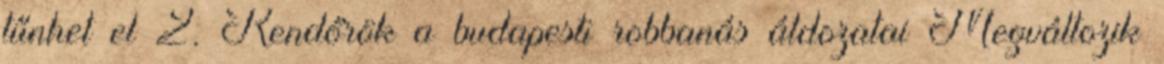
tűnhet el 2. Rendőrök a budapesti robbanás áldozatai Megváltozik